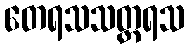
တေရသသတ္တရသ